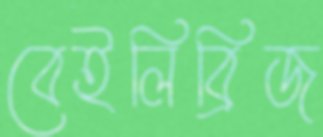
বেইলিব্রিজ